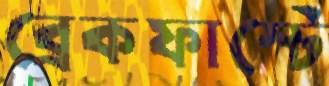
ব্রেকফাস্টে